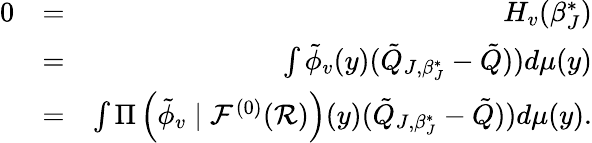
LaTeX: \begin{array}{rlr}{0}&{=}&{H_{v}(\beta_{J}^{*})}\\ &{=}&{\int\tilde{\phi}_{v}(y)(\tilde{Q}_{J,\beta_{J}^{*}}-\tilde{Q}))d\mu(y)}\\ &{=}&{\int\Pi\left(\tilde{\phi}_{v}\mid{\cal F}^{(0)}({\cal R})\right)(y)(\tilde{Q}_{J,\beta_{J}^{*}}-\tilde{Q}))d\mu(y).}\end{array}